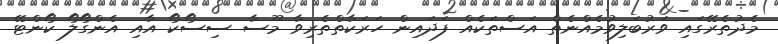
މެދުތެރޭގައި ވަރުބަލިވުމެއްނެތް އަސްތަކެއް ފަދައިން ހަރަކާތްތެރިވާ މޫސާ ސިސޯކޯ އާއި އެންގޯލޯ ކޯންޓޭ